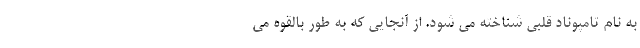
به نام تامپوناد قلبی شناخته می شود. از آنجایی که به طور بالقوه می